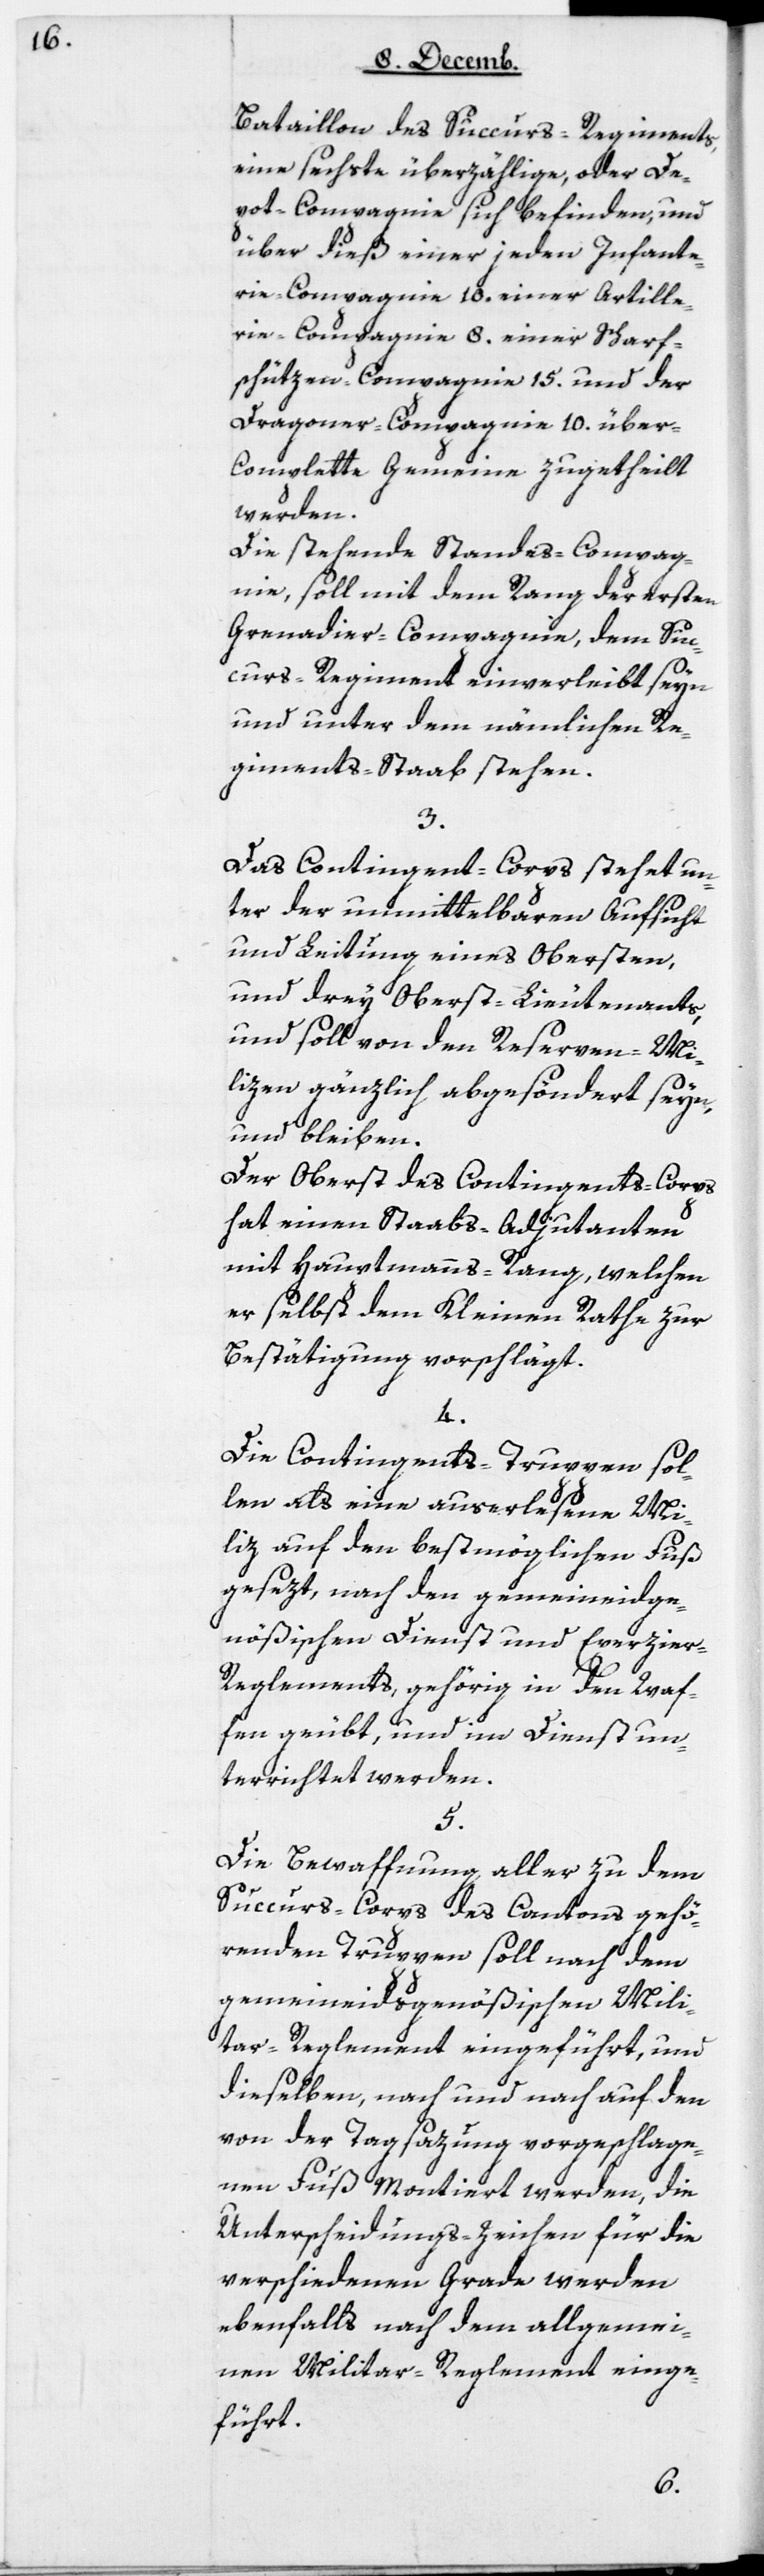
Bataillon des Succurs-Regiments,
eine sechste überzählige oder De¬
pot-Compagnie sich befinden, und
über dieß einer jeden Infante¬
rie-Compagnie 10, einer Artille¬
rie-Compagnie 8, einer Scharf¬
schüzen-Compagnie 15, und der
Dragoner-Compagnie 10 über
complette Gemeine zugetheilt
werden.
Die stehende Standes-Compag¬
nie soll mit dem Rang der ersten
Grenadier-Compagnie, dem Suc¬
curs-Regiment einverleibt sein
und unter dem nämlichen Re¬
giments-Staab stehen.
3.
Das Contingents-Corps stehet un¬
ter der unmittelbaren Aufsicht
und Leitung eines Obersten
und drey Oberst-Lieutenants,
und soll von den Reserven-Mi¬
lizen gänzlich abgesöndert seyn
und bleiben.
Der Oberst des Contingents-Corps
hat einen Staabs-Adjudanten
mit Hauptmanns-Rang, welchen
er selbst dem Kleinen Rathe zur
Bestätigung vorschlägt.
4.
Die Contingents-Truppen sol¬
len als eine auserlesene Mi¬
liz auf den bestmöglichen Fuß
gesezt, nach den gemeineidge¬
nößischen Dienst- und Exerzie¬
r-Reglements gehörig in den Waf¬
fen geübt, und im Dienst un¬
terrichtet werden.
5.
Die Bewaffnung aller zu dem
Succurs-Corps des Cantons gehö¬
renden Truppen soll nach dem
gemeineidsgenößischen Mili¬
tar-Reglement eingeführt, und
dieselben, nach und nach auf den
von der Tagsatzung vorgeschlage¬
nen Fuß montiert werden, die
Unterscheidungs-Zeichen für die
verschiedenen Grade werden
ebenfalls nach dem allgemei¬
nen Militar-Reglement einge¬
führt.